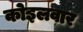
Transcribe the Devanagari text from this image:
कोइलवार